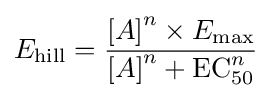
E_{\mathrm {hill} }={\frac {{[A]}^{n}\times {E_{\mathrm {max} }}}{{[A]}^{n}+\mathrm {EC} _{50}^{n}}}